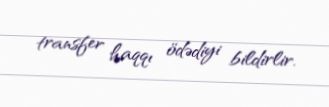
transfer haqqı ödədiyi bildirlir.